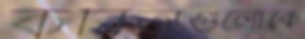
কবিতাগুলোকে